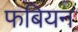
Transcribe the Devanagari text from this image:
फबियन